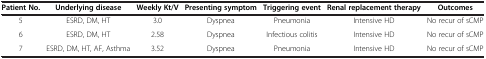
<table><thead><tr><td><b>Patient No.</b></td><td><b>Underlying disease</b></td><td><b>Weekly Kt/V</b></td><td><b>Presenting symptom</b></td><td><b>Triggering event</b></td><td><b>Renal replacement therapy</b></td><td><b>Outcomes</b></td></tr></thead><tbody><tr><td>5</td><td>ESRD, DM, HT</td><td>3.0</td><td>Dyspnea</td><td>Pneumonia</td><td>Intensive HD</td><td>No recur of sCMP</td></tr><tr><td>6</td><td>ESRD, DM, HT</td><td>2.58</td><td>Dyspnea</td><td>Infectious colitis</td><td>Intensive HD</td><td>No recur of sCMP</td></tr><tr><td>7</td><td>ESRD, DM, HT, AF, Asthma</td><td>3.52</td><td>Dyspnea</td><td>Pneumonia</td><td>Intensive HD</td><td>No recur of sCMP</td></tr></tbody></table>